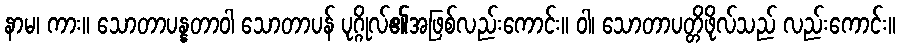
နာမ၊ ကား။ သောတာပန္နတာဝါ သောတာပန် ပုဂ္ဂိုလ်၏အဖြစ်လည်းကောင်း။ ဝါ၊ သောတာပတ္တိဖိုလ်သည် လည်းကောင်း။